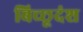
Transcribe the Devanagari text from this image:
बिच्छूदंश